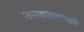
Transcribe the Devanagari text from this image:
उपकलमान्वये